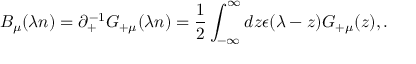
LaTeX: B _ { \mu } ( \lambda n ) = \partial _ { + } ^ { - 1 } G _ { + \mu } ( \lambda n ) = \frac { 1 } { 2 } \int _ { - \infty } ^ { \infty } d z \epsilon ( \lambda - z ) G _ { + \mu } ( z ) , .